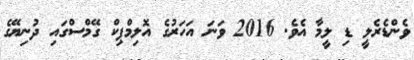
ވެންޑެރެލީ ޑި ލީމާ އެވެ. 2016 ވަނަ އަހަރުގެ އޮލިމްޕިކް ގޭމްސްގައި ދުނިޔޭގެ